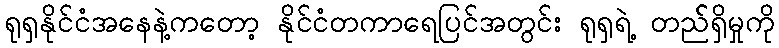
ရုရှနိုင်ငံအနေနဲ့ကတော့ နိုင်ငံတကာရေပြင်အတွင်း ရုရှရဲ့ တည််ရှိမှုကို